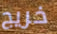
خريج